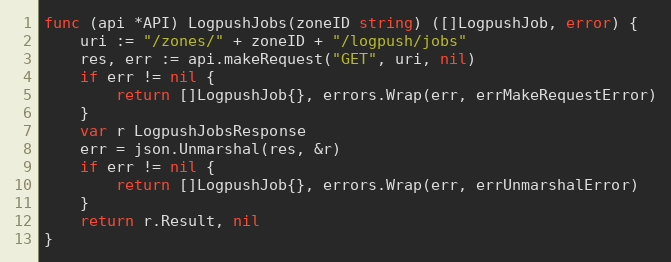
Language: Go
func (api *API) LogpushJobs(zoneID string) ([]LogpushJob, error) {
	uri := "/zones/" + zoneID + "/logpush/jobs"
	res, err := api.makeRequest("GET", uri, nil)
	if err != nil {
		return []LogpushJob{}, errors.Wrap(err, errMakeRequestError)
	}
	var r LogpushJobsResponse
	err = json.Unmarshal(res, &r)
	if err != nil {
		return []LogpushJob{}, errors.Wrap(err, errUnmarshalError)
	}
	return r.Result, nil
}